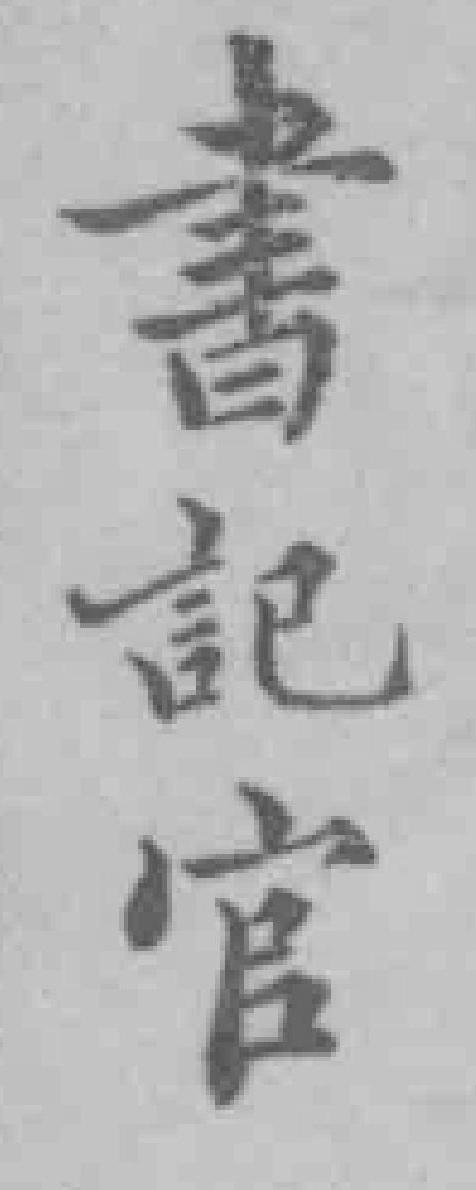
書記官